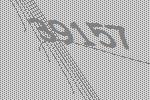
39157